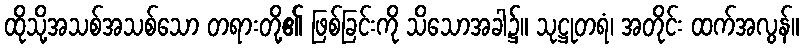
ထိုသို့အသစ်အသစ်သော တရားတို့၏ ဖြစ်ခြင်းကို သိသောအခါ၌။ သုဋ္ဌုတရံ၊ အတိုင်း ထက်အလွန်။